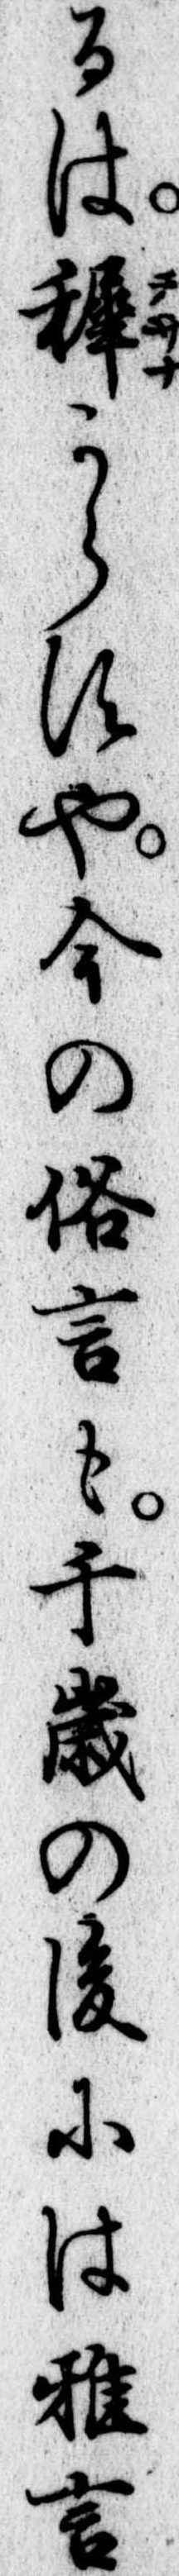
るは稚からすや今の俗言も千歳の後には雅言